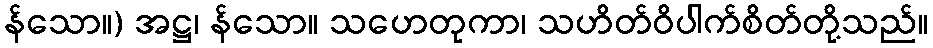
န်သော။) အဋ္ဌ၊ န်သော။ သဟေတုကာ၊ သဟိတ်ဝိပါက်စိတ်တို့သည်။